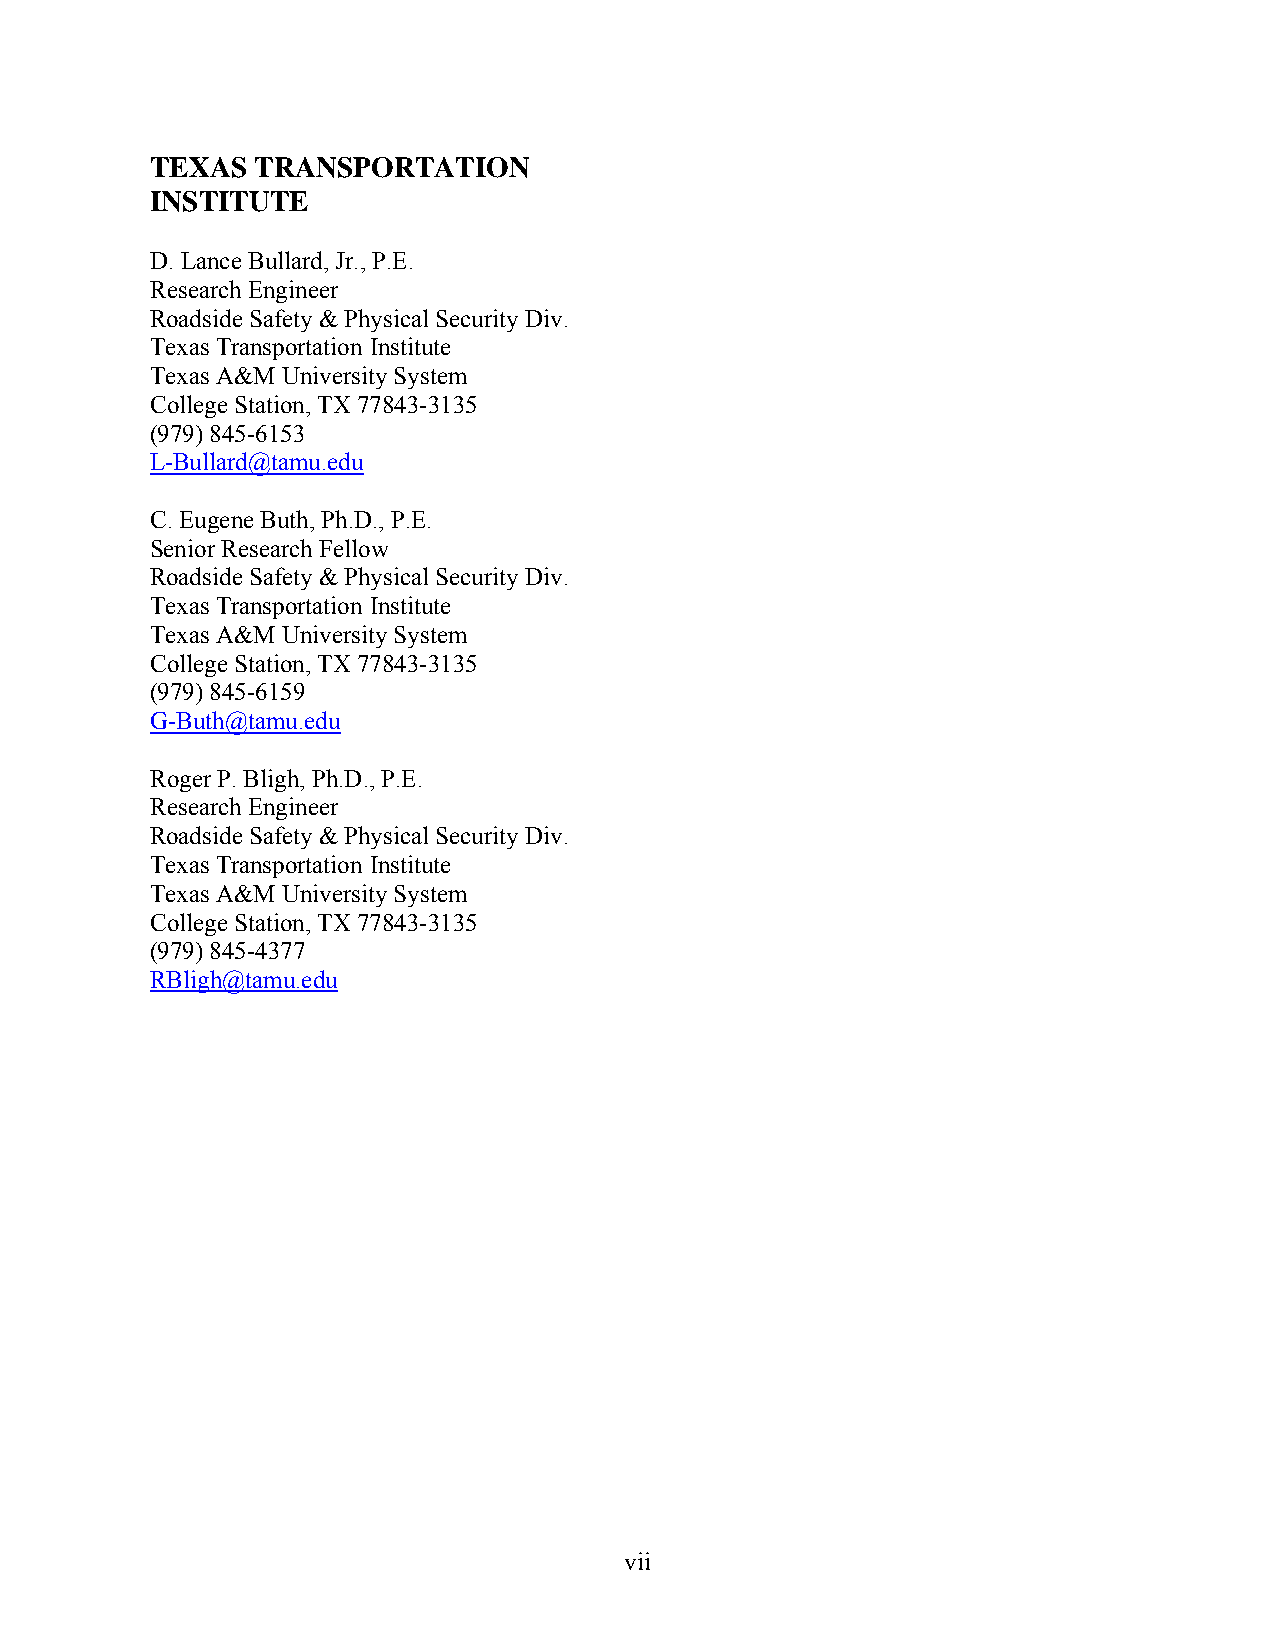
TEXAS  TRANSPORTATION
 INSTITUTE
 D. Lance Bullard, Jr., P.E.
 Research Engineer
 Roadside Safety & Physical Security Div.
 Texas Transportation Institute
 Texas A&M University System
 College Station, TX 77843-3135
 (979) 845-6153
 L-Bullard@tamu.edu
 C. Eugene Buth, Ph.D., P.E.
 Senior Research Fellow
 Roadside Safety & Physical Security Div.
 Texas Transportation Institute
 Texas A&M University System
 College Station, TX 77843-3135
 (979) 845-6159
 G-Buth@tamu.edu
 Roger P. Bligh, Ph.D., P.E.
 Research Engineer
 Roadside Safety & Physical Security Div.
 Texas Transportation Institute
 Texas A&M University System
 College Station, TX 77843-3135
 (979) 845-4377
 RBligh@tamu.edu
 vii